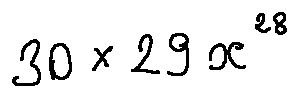
3 0 \times 2 9 x ^ { 2 8 }